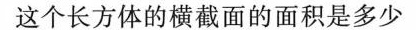
这个长方体的横截面的面积是多少